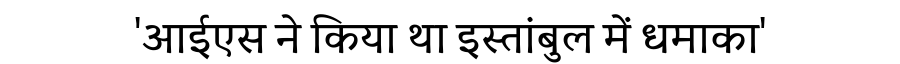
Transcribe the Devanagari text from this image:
'आईएस ने किया था इस्तांबुल में धमाका'